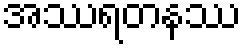
အဿရတနဿ